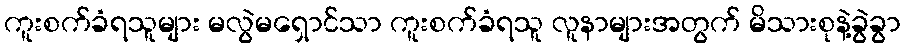
ကူးစက်ခံရသူများ မလွဲမရှောင်သာ ကူးစက်ခံရသူ လူနာများအတွက် မိသားစုနဲ့ခွဲခွာ